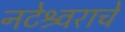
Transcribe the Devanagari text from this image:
नटेश्र्वराचे